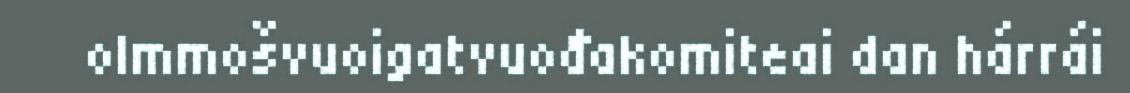
olmmošvuoigatvuođakomiteai dan hárrái